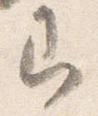
即